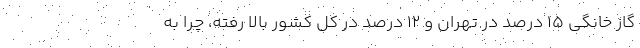
گاز خانگی ۱۵ درصد در تهران و ۱۲ درصد در کل کشور بالا رفته، چرا به